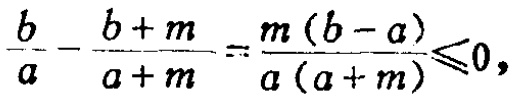
$\frac{b}{a}-\frac{b + m}{a + m}=\frac{m(b - a)}{a(a + m)}\leqslant0,$